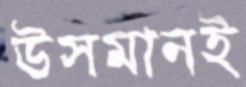
উসমানই